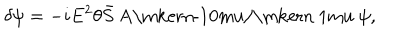
LaTeX: \delta \psi = - i E ^ { 2 } \theta \bar { S } { \mathrm { ~ A \ m k e r n - 1 0 m u / \ m k e r n ~ 1 m u ~ } } \psi ,